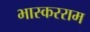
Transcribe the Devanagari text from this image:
भास्करराम